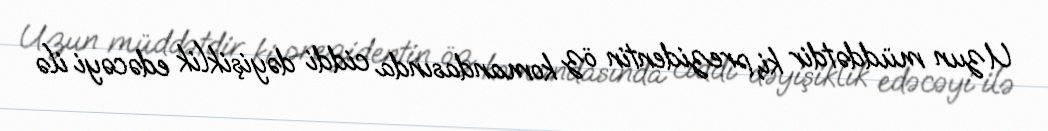
Uzun müddətdir ki, prezidentin öz komandasında ciddi dəyişiklik edəcəyi ilə